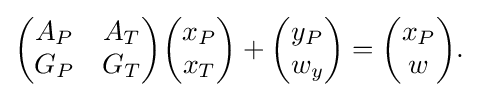
{\begin{aligned}{\begin{pmatrix}A_{P}&A_{T}\\G_{P}&G_{T}\end{pmatrix}}{\begin{pmatrix}x_{P}\\x_{T}\end{pmatrix}}+{\begin{pmatrix}y_{P}\\w_{y}\end{pmatrix}}={\begin{pmatrix}x_{P}\\w\end{pmatrix}}.\end{aligned}}